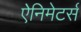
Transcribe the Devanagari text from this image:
ऐनिमेटर्स